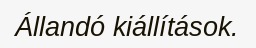
Állandó kiállítások.